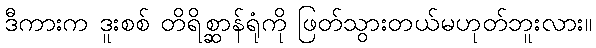
ဒီကားက ဒူးစစ် တိရိစ္ဆာန်ရုံကို ဖြတ်သွားတယ်မဟုတ်ဘူးလား။